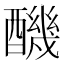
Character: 䤒